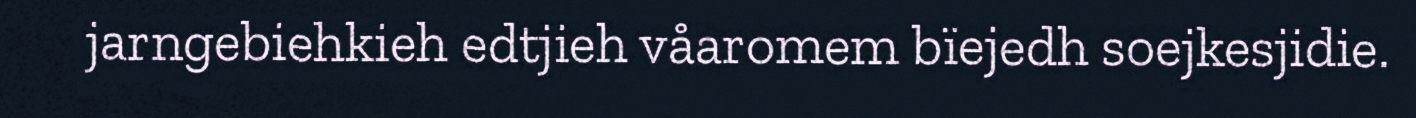
jarngebiehkieh edtjieh våaromem bïejedh soejkesjidie.